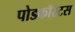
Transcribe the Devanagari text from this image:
पोडकॉस्टस